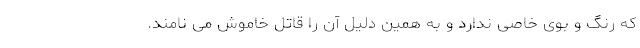
که رنگ و بوی خاصی ندارد و به همین دلیل آن را قاتل خاموش می نامند.